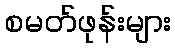
စမတ်ဖုန်းများ